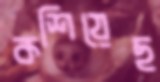
কশিয়েছ